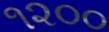
૧૨૦૦